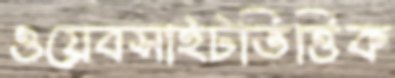
ওয়েবসাইটভিত্তিক